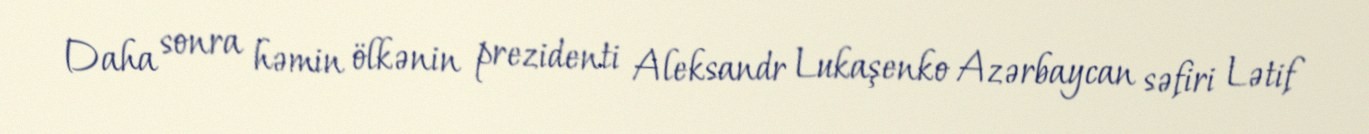
Daha sonra həmin ölkənin prezidenti Aleksandr Lukaşenko Azərbaycan səfiri Lətif